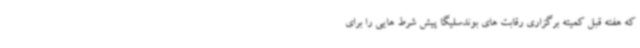
که هفته قبل کمیته برگزاری رقابت های بوندسلیگا پیش شرط هایی را برای